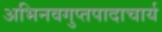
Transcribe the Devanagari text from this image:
अभिनवगुप्तपादाचार्य